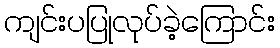
ကျင်းပပြုလုပ်ခဲ့ကြောင်း